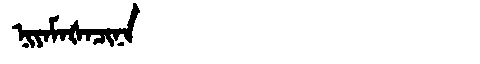
Manchu: ᠨᡳᠶᠠᠮᠠᡧᠠᠴᡳᠨᠠ
Romanization: NIYAMAŠACINA